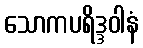
သောကပရိဒ္ဒဝါနံ